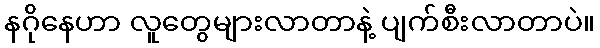
နဂိုနေဟာ လူတွေများလာတာနဲ့ ပျက်စီးလာတာပဲ။